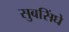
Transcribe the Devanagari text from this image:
सुबसिंघे